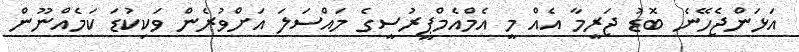
އަޅަންޖެހޭނެ ބޮޑު ޖަރީމާ އެއް މީ އެމްއެމްޕީރުސީގެ މައްސަލަ އަށްވުރެން ވަކިކުޑަ ކަމެއްނޫން